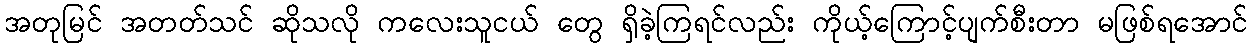
အတုမြင် အတတ်သင် ဆိုသလို ကလေးသူငယ် တွေ ရှိခဲ့ကြရင်လည်း ကိုယ့်ကြောင့်ပျက်စီးတာ မဖြစ်ရအောင်